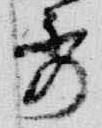
秀